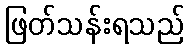
ဖြတ်သန်းရသည်